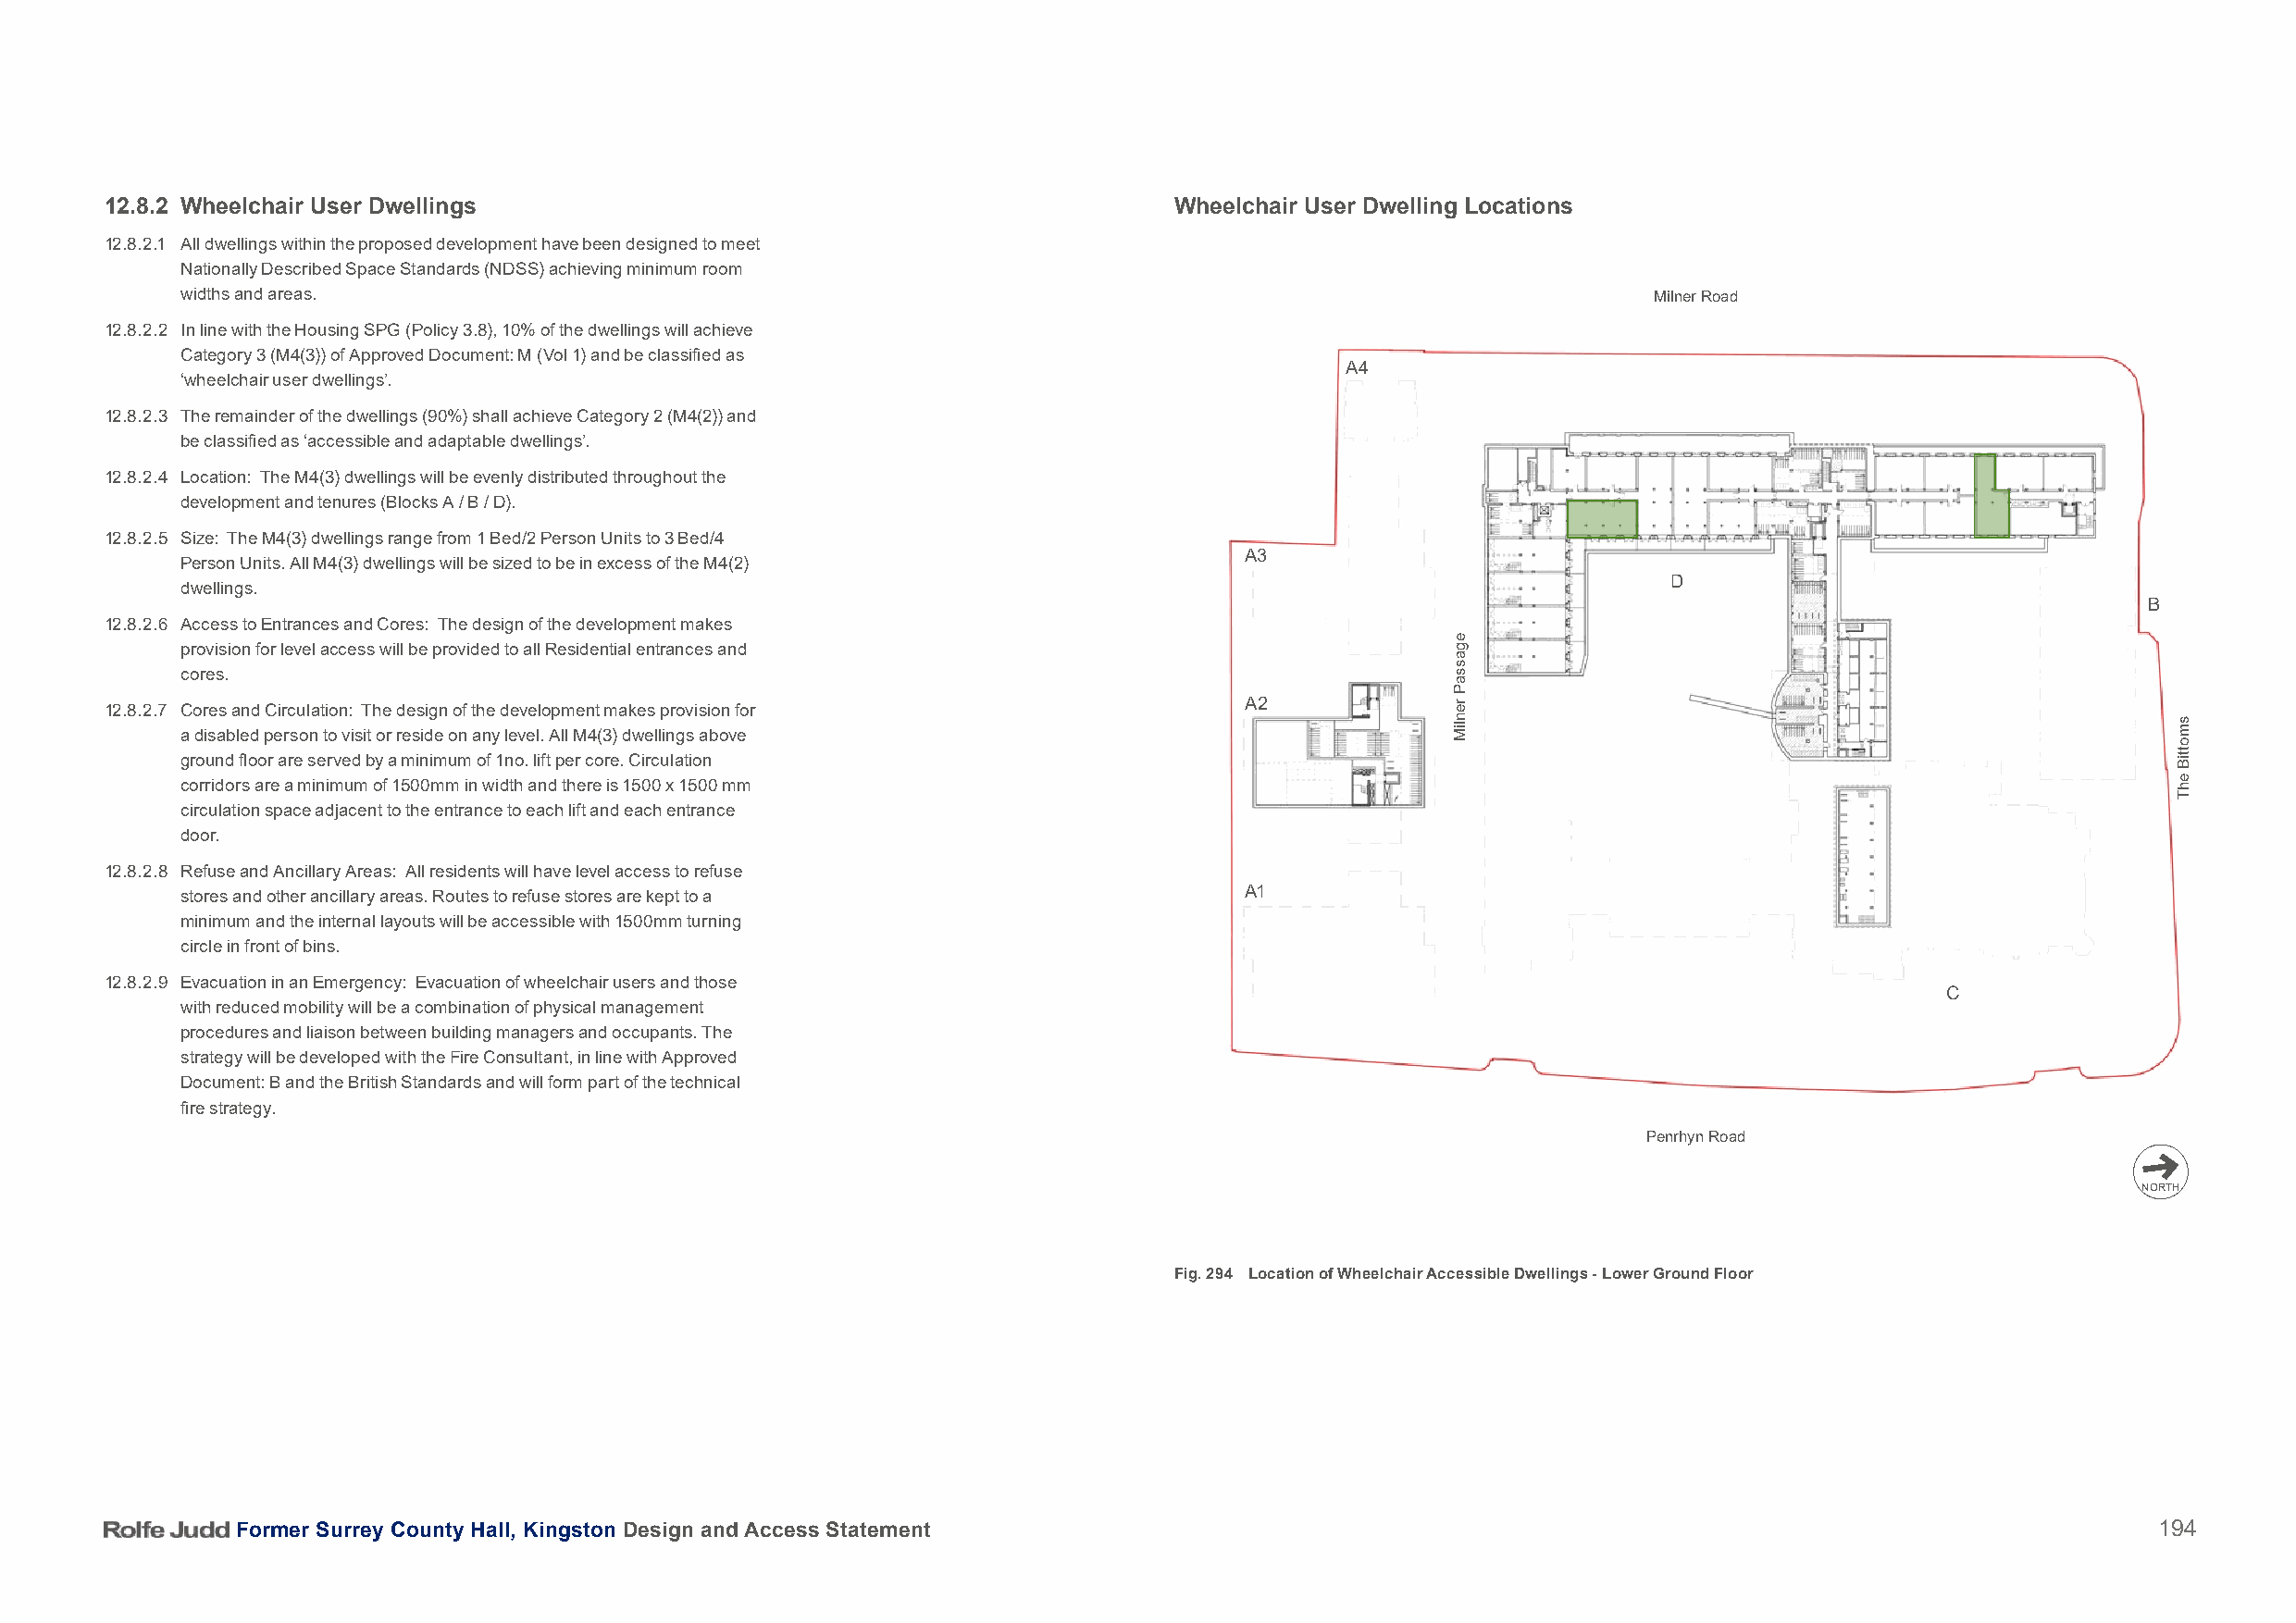
12.8.2 Wheelchair User Dwellings                                             Wheelchair User Dwelling Locations
 12.8.2.1 All dwellings within the proposed development have been designed to meet
 Nationally Described Space Standards (NDSS) achieving minimum room
 widths and areas.                                                                                        Milner Road
 12.8.2.2 In line with the Housing SPG (Policy 3.8), 10% of the dwellings will achieve
 Category 3 (M4(3)) of Approved Document: M (Vol 1) and be classified as
 A4
 ‘wheelchair user dwellings’.
 12.8.2.3 The remainder of the dwellings (90%) shall achieve Category 2 (M4(2)) and
 be classified as ‘accessible and adaptable dwellings’.
 12.8.2.4 Location: The M4(3) dwellings will be evenly distributed throughout the
 development and tenures (Blocks A / B / D).
 12.8.2.5 Size: The M4(3) dwellings range from 1 Bed/2 Person Units to 3 Bed/4
 A3
 Person Units. All M4(3) dwellings will be sized to be in excess of the M4(2)
 D
 dwellings.
 B
 12.8.2.6 Access to Entrances and Cores: The design of the development makes
 provision for level access will be provided to all Residential entrances and
 cores.
 A2
 12.8.2.7 Cores and Circulation: The design of the development makes provision for
 a disabled person to visit or reside on any level. All M4(3) dwellings above
 ground floor are served by a minimum of 1no. lift per core. Circulation
 corridors are a minimum of 1500mm in width and there is 1500 x 1500 mm
 circulation space adjacent to the entrance to each lift and each entrance
 door.
 12.8.2.8 Refuse and Ancillary Areas: All residents will have level access to refuse
 stores and other ancillary areas. Routes to refuse stores are kept to a     A1
 minimum and the internal layouts will be accessible with 1500mm turning
 circle in front of bins.
 12.8.2.9 Evacuation in an Emergency: Evacuation of wheelchair users and those
 C
 with reduced mobility will be a combination of physical management
 procedures and liaison between building managers and occupants. The
 strategy will be developed with the Fire Consultant, in line with Approved
 Document: B and the British Standards and will form part of the technical
 fire strategy.
 Penrhyn Road
 NORTH
 Fig. 294 Location of Wheelchair Accessible Dwellings - Lower Ground Floor
 Former Surrey County Hall, Kingston Design and Access Statement                                                                          194
 egassaP
 renliM
 smottiB
 ehT